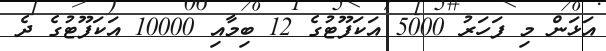
އަޅަން މި ފަހަރު 5000 އަކަފޫޓުގެ 12 ބިމާއި 10000 އަކަފޫޓުގެ ދެ